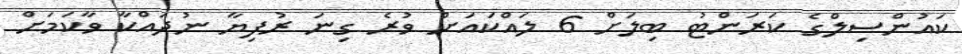
ކައުންސިލްގެ ކަރަންޓު ބިލަށް 6 ލައްކައަށް ވުރެ ގިނަ ރުފިޔާ ނުދައްކާ ވާކަމަށް